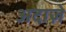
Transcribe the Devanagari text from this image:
अदाज़े